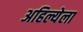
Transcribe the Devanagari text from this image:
अहिल्येला